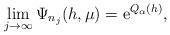
LaTeX: \begin{align*}\lim_{j\to \infty} \Psi_{n_j}(h,\mu)= {\rm e}^{Q_\alpha(h)},\end{align*}